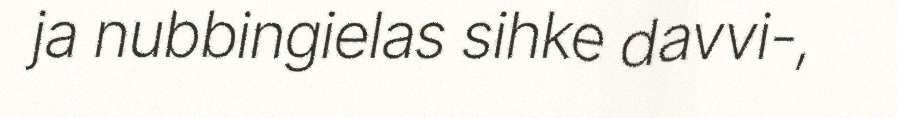
ja nubbingielas sihke davvi-,